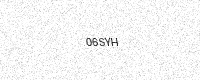
Text: 06SYH